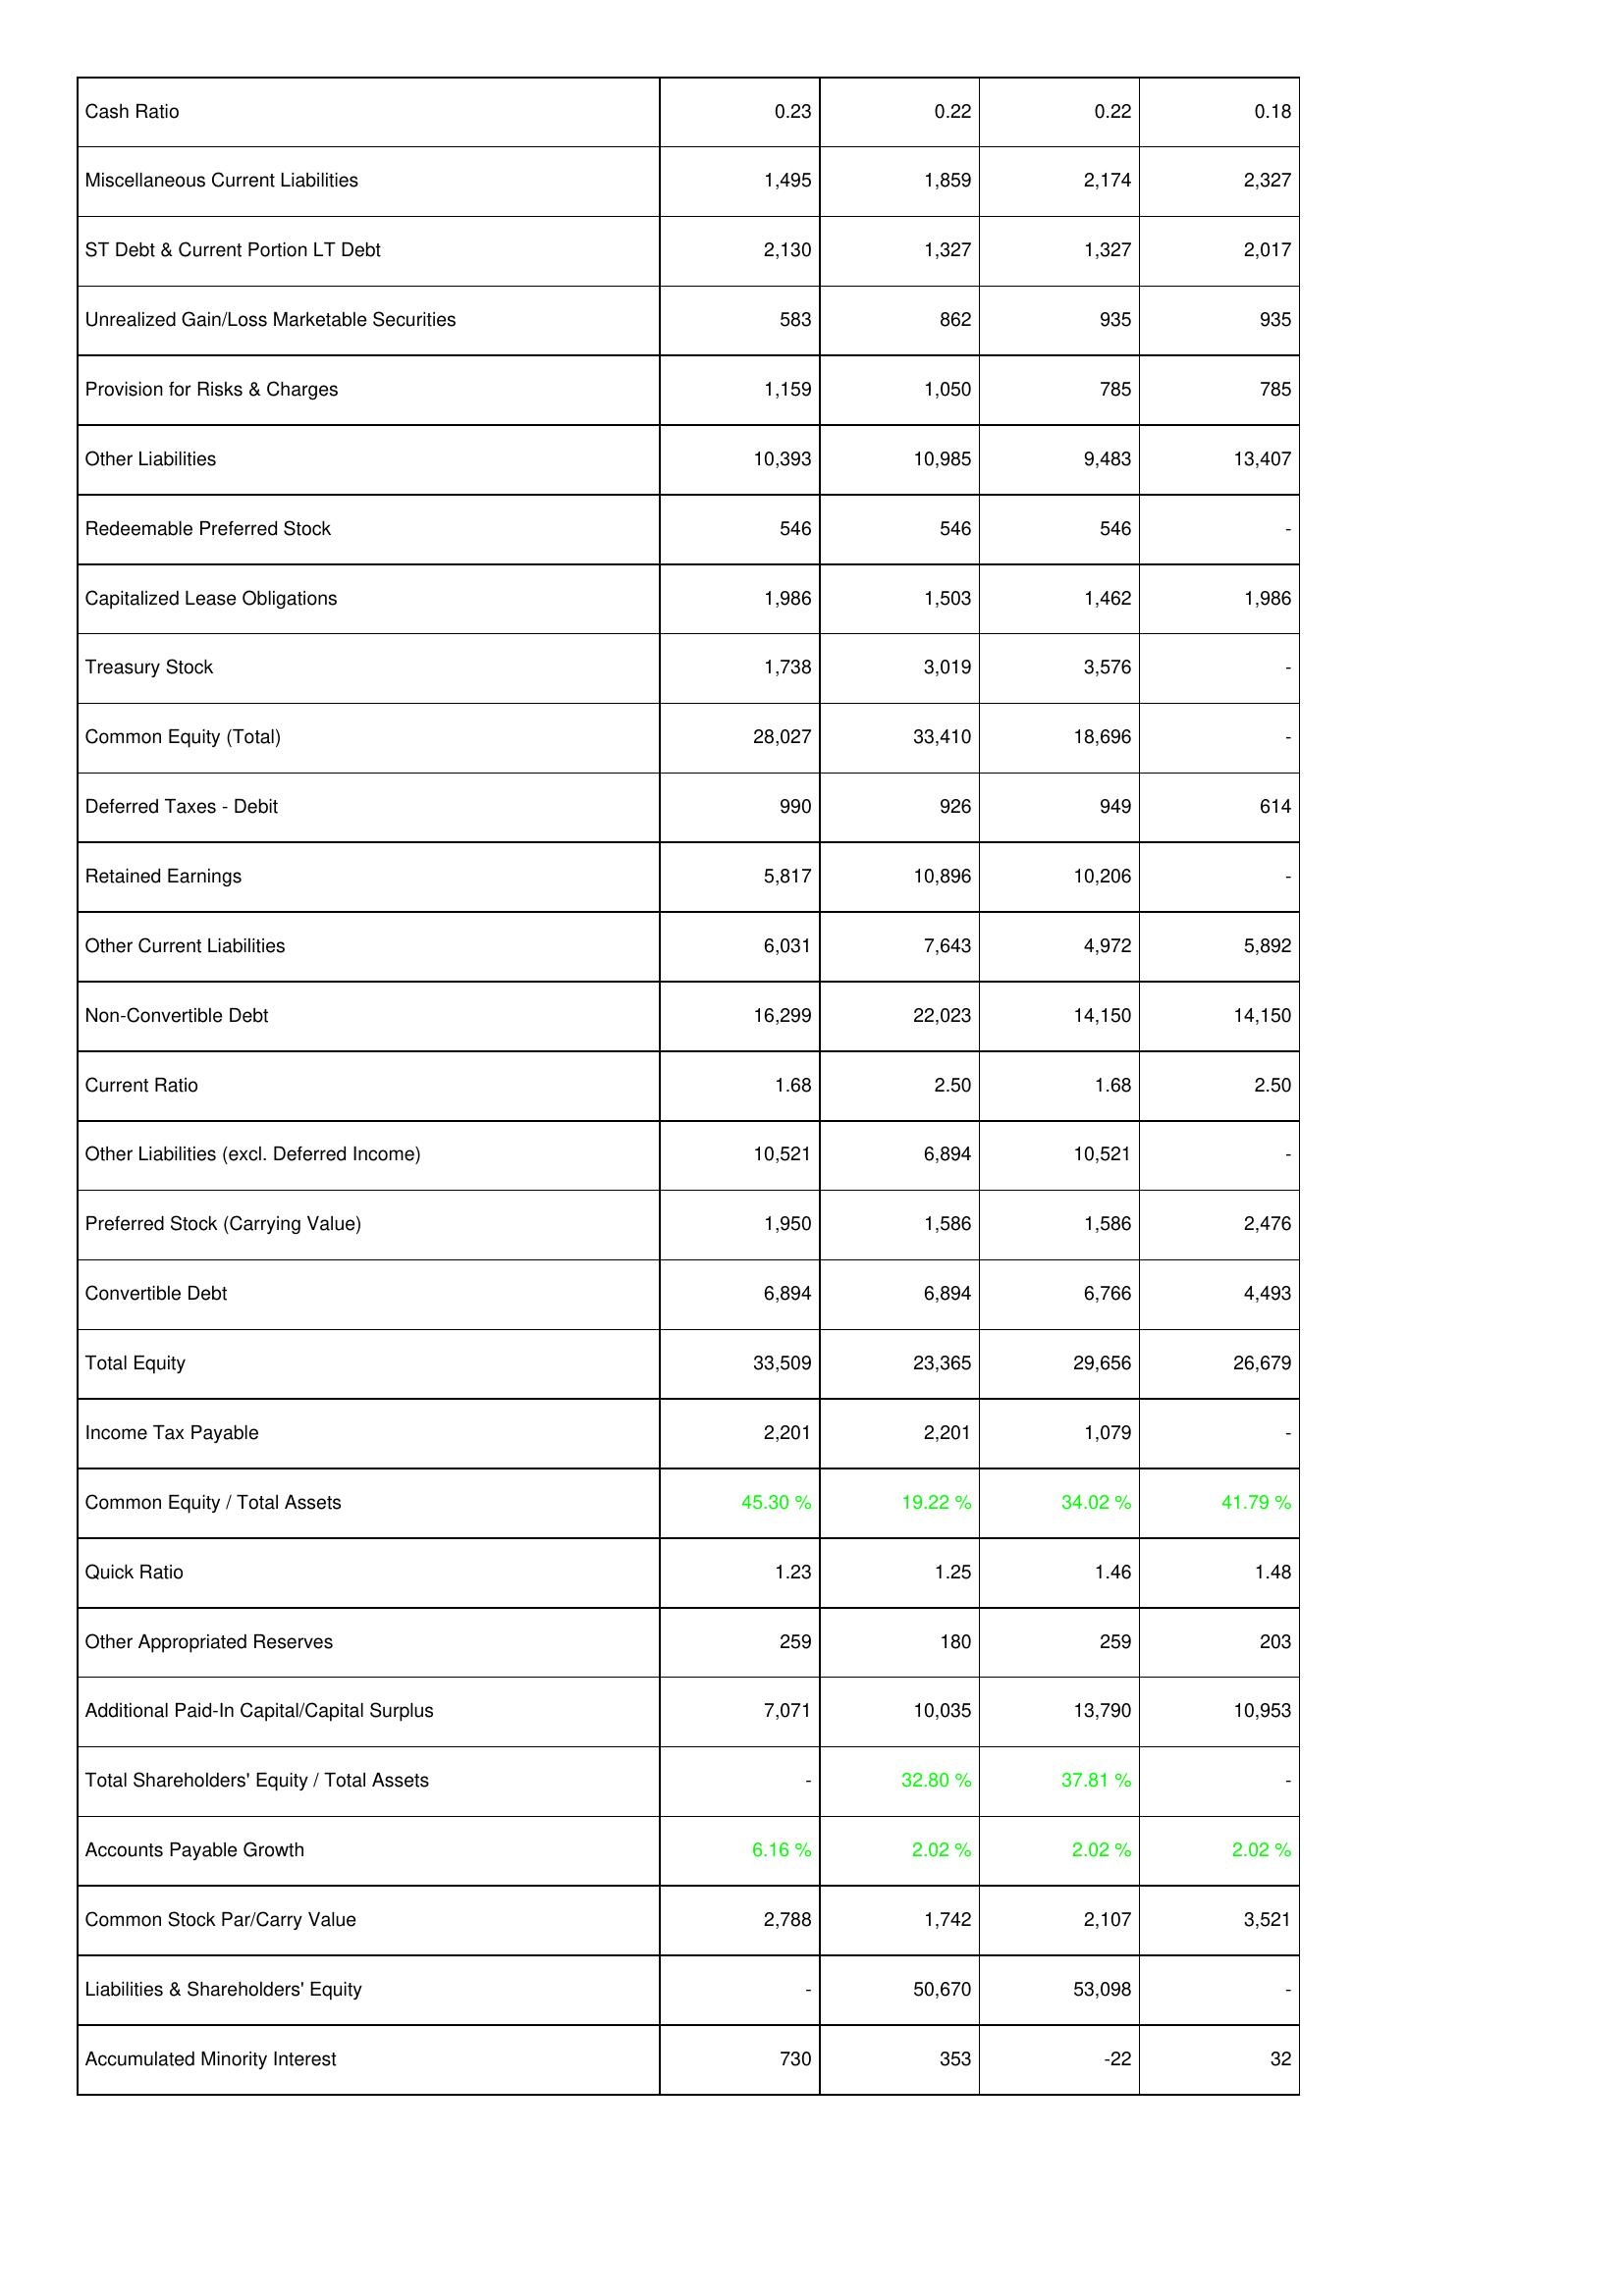
2012: Liabilities & Shareholders' Equity: Cash Ratio: 0.23
Miscellaneous Current Liabilities: 1,495
ST Debt & Current Portion LT Debt: 2,130
Unrealized Gain/Loss Marketable Securities: 583
Provision for Risks & Charges: 1,159
Other Liabilities: 10,393
Redeemable Preferred Stock: 546
Capitalized Lease Obligations: 1,986
Treasury Stock: 1,738
Common Equity (Total): 28,027
Deferred Taxes - Debit: 990
Retained Earnings: 5,817
Other Current Liabilities: 6,031
Non-Convertible Debt: 16,299
Current Ratio: 1.68
Other Liabilities (excl. Deferred Income): 10,521
Preferred Stock (Carrying Value): 1,950
Convertible Debt: 6,894
Total Equity: 33,509
Income Tax Payable: 2,201
Common Equity / Total Assets: 45.30 %
Quick Ratio: 1.23
Other Appropriated Reserves: 259
Additional Paid-In Capital/Capital Surplus: 7,071
Total Shareholders' Equity / Total Assets: -
Accounts Payable Growth: 6.16 %
Common Stock Par/Carry Value: 2,788
Liabilities & Shareholders' Equity: -
Accumulated Minority Interest: 730
2011: Liabilities & Shareholders' Equity: Cash Ratio: 0.22
Miscellaneous Current Liabilities: 1,859
ST Debt & Current Portion LT Debt: 1,327
Unrealized Gain/Loss Marketable Securities: 862
Provision for Risks & Charges: 1,050
Other Liabilities: 10,985
Redeemable Preferred Stock: 546
Capitalized Lease Obligations: 1,503
Treasury Stock: 3,019
Common Equity (Total): 33,410
Deferred Taxes - Debit: 926
Retained Earnings: 10,896
Other Current Liabilities: 7,643
Non-Convertible Debt: 22,023
Current Ratio: 2.50
Other Liabilities (excl. Deferred Income): 6,894
Preferred Stock (Carrying Value): 1,586
Convertible Debt: 6,894
Total Equity: 23,365
Income Tax Payable: 2,201
Common Equity / Total Assets: 19.22 %
Quick Ratio: 1.25
Other Appropriated Reserves: 180
Additional Paid-In Capital/Capital Surplus: 10,035
Total Shareholders' Equity / Total Assets: 32.80 %
Accounts Payable Growth: 2.02 %
Common Stock Par/Carry Value: 1,742
Liabilities & Shareholders' Equity: 50,670
Accumulated Minority Interest: 353
2010: Liabilities & Shareholders' Equity: Cash Ratio: 0.22
Miscellaneous Current Liabilities: 2,174
ST Debt & Current Portion LT Debt: 1,327
Unrealized Gain/Loss Marketable Securities: 935
Provision for Risks & Charges: 785
Other Liabilities: 9,483
Redeemable Preferred Stock: 546
Capitalized Lease Obligations: 1,462
Treasury Stock: 3,576
Common Equity (Total): 18,696
Deferred Taxes - Debit: 949
Retained Earnings: 10,206
Other Current Liabilities: 4,972
Non-Convertible Debt: 14,150
Current Ratio: 1.68
Other Liabilities (excl. Deferred Income): 10,521
Preferred Stock (Carrying Value): 1,586
Convertible Debt: 6,766
Total Equity: 29,656
Income Tax Payable: 1,079
Common Equity / Total Assets: 34.02 %
Quick Ratio: 1.46
Other Appropriated Reserves: 259
Additional Paid-In Capital/Capital Surplus: 13,790
Total Shareholders' Equity / Total Assets: 37.81 %
Accounts Payable Growth: 2.02 %
Common Stock Par/Carry Value: 2,107
Liabilities & Shareholders' Equity: 53,098
Accumulated Minority Interest: -22
2009: Liabilities & Shareholders' Equity: Cash Ratio: 0.18
Miscellaneous Current Liabilities: 2,327
ST Debt & Current Portion LT Debt: 2,017
Unrealized Gain/Loss Marketable Securities: 935
Provision for Risks & Charges: 785
Other Liabilities: 13,407
Redeemable Preferred Stock: -
Capitalized Lease Obligations: 1,986
Treasury Stock: -
Common Equity (Total): -
Deferred Taxes - Debit: 614
Retained Earnings: -
Other Current Liabilities: 5,892
Non-Convertible Debt: 14,150
Current Ratio: 2.50
Other Liabilities (excl. Deferred Income): -
Preferred Stock (Carrying Value): 2,476
Convertible Debt: 4,493
Total Equity: 26,679
Income Tax Payable: -
Common Equity / Total Assets: 41.79 %
Quick Ratio: 1.48
Other Appropriated Reserves: 203
Additional Paid-In Capital/Capital Surplus: 10,953
Total Shareholders' Equity / Total Assets: -
Accounts Payable Growth: 2.02 %
Common Stock Par/Carry Value: 3,521
Liabilities & Shareholders' Equity: -
Accumulated Minority Interest: 32